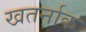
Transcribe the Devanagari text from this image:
खतर्नाक